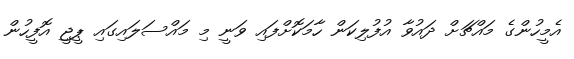
އެމީހުންގެ މައްޗަށް ދައުވާ އުފުލިކަން ހާމަކޮށްފައި ވަނީ މި މައްސަލައިގައި ޕީޖީ އޮފީހުން